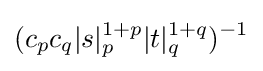
({c_{p}c_{q}}{|s|_{p}^{1+p}|t|_{q}^{1+q}})^{-1}